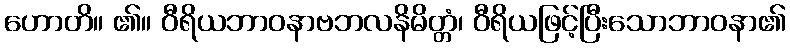
ဟောတိ။ ၏။ ဝီရိယဘာဝနာဗဘလနိမိတ္တံ၊ ဝီရိယဖြင့်ပြီးသောဘာဝနာ၏